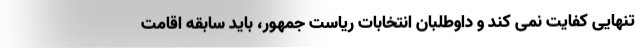
تنهایی کفایت نمی کند و داوطلبان انتخابات ریاست جمهور، باید سابقه اقامت